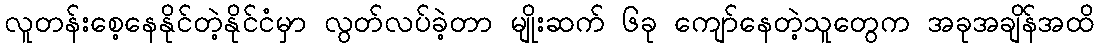
လူတန်းစေ့နေနိုင်တဲ့နိုင်ငံမှာ လွတ်လပ်ခဲ့တာ မျိုးဆက် ၆ခု ကျော်နေတဲ့သူတွေက အခုအချိန်အထိ